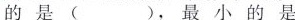
的是( )，最小的是